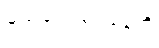
မဃဒေဝမ္ဗဝနေတိ